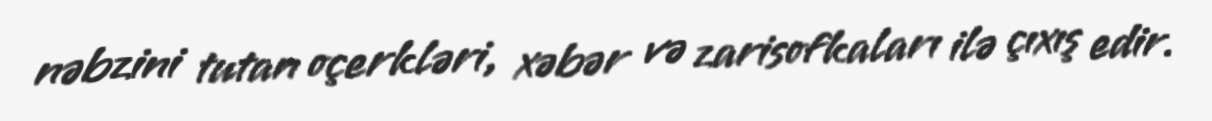
nəbzini tutan oçerkləri, xəbər və zarisofkaları ilə çıxış edir.